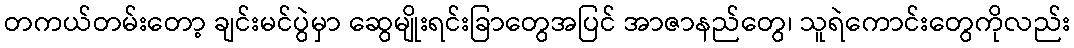
တကယ်တမ်းတော့ ချင်းမင်ပွဲမှာ ဆွေမျိုးရင်းခြာတွေအပြင် အာဇာနည်တွေ၊ သူရဲကောင်းတွေကိုလည်း